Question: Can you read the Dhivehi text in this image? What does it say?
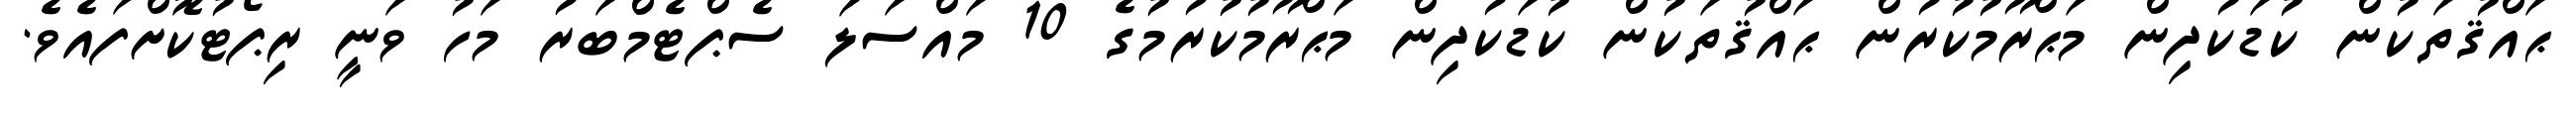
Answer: ޙައްޤުތަކުން ކުޑަކުދިން މަޙްރޫމުކުރުން ޙައްޤުތަކުން ކުޑަކުދިން މަޙްރޫމުކުރުމުގެ 10 މައްސަލަ ސެޕްޓެމްބަރު މަހު ވަނީ ރިޕޯޓުކޮށްފައެވެ.